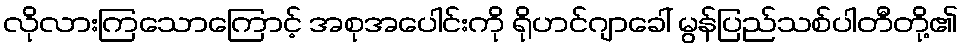
လိုလားကြသောကြောင့် အစုအပေါင်းကို ရိုဟင်ဂျာခေါ် မွန်ပြည်သစ်ပါတီတို့၏